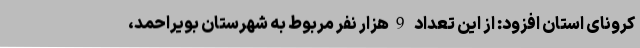
کرونای استان افزود: از این تعداد 9هزار نفر مربوط به شهرستان بویراحمد،